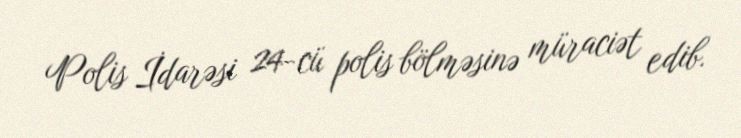
Polis İdarəsi 24-cü polis bölməsinə müraciət edib.